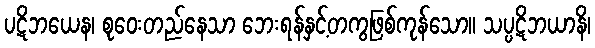
ပဋိဘယေန၊ စုဝေးတည်နေသာ ဘေးရန်နှင့်တကွဖြစ်ကုန်သော။ သပ္ပဋိဘယာနိ၊